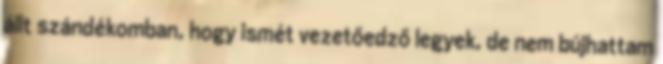
állt szándékomban, hogy ismét vezetőedző legyek, de nem bújhattam